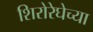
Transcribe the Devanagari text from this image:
शिरोरेघेच्या